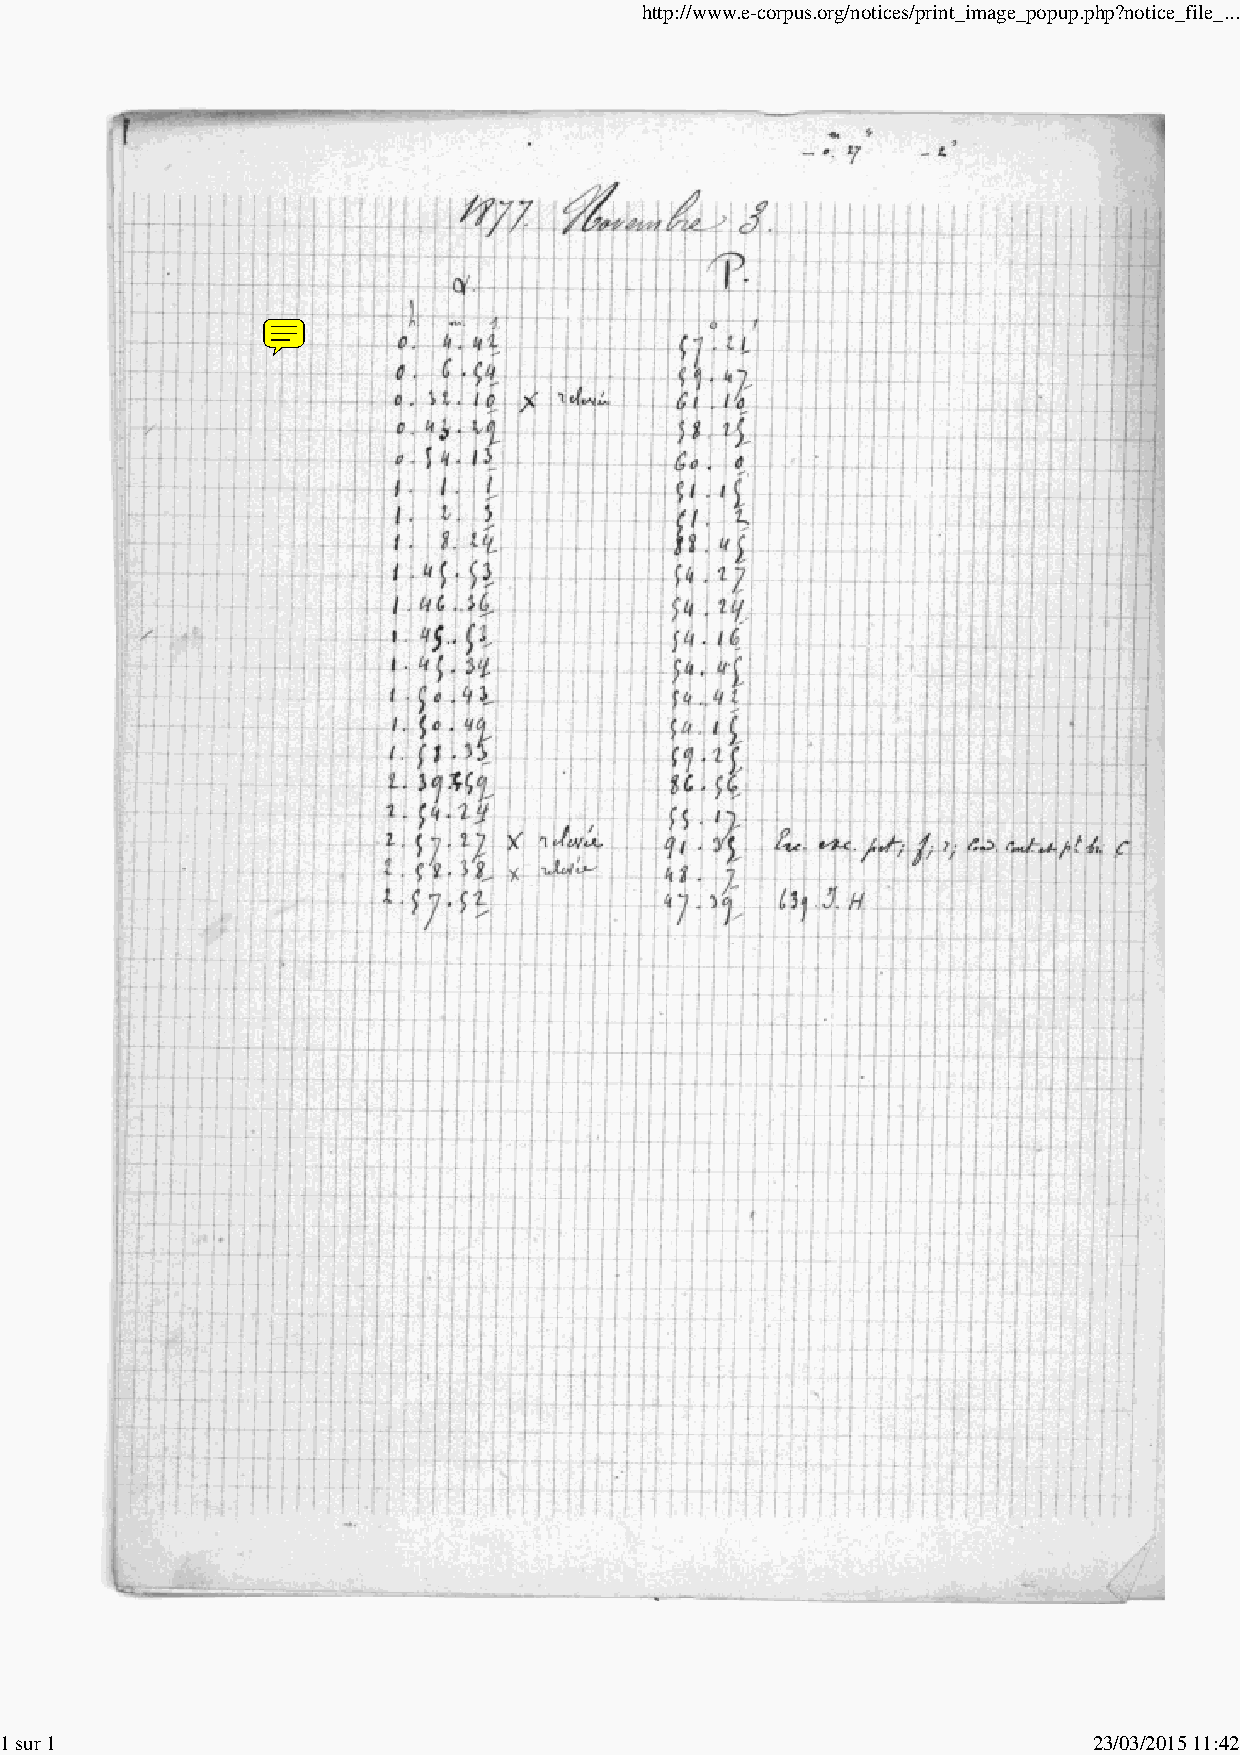
http://www.e-corpus.org/notices/print_image_popup.php?notice_file_...
 1 sur 1                                                                 23/03/2015 11:42